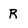
Character: R